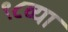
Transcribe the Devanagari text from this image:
९८व्या